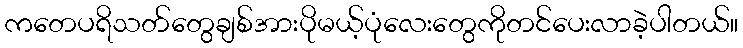
ကတေပရိသတ်တွေချစ်အားပိုမယ့်ပုံလေးတွေကိုတင်ပေးလာခဲ့ပါတယ်။